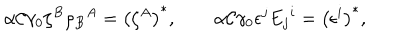
LaTeX: \alpha { \cal C } \gamma _ { 0 } \zeta ^ { B } \rho _ { B } { } ^ { A } = \left( \zeta ^ { A } \right) ^ { * } , \qquad \alpha { \cal C } \gamma _ { 0 } \epsilon ^ { j } E _ { j } { } ^ { i } = \left( \epsilon ^ { i } \right) ^ { * } ,